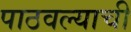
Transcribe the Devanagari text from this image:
पाठवल्याची